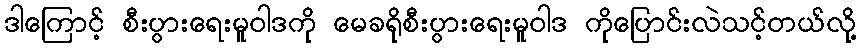
ဒါကြောင့် စီးပွားရေးမူဝါဒကို မေခရိုစီးပွားရေးမူဝါဒ ကိုပြောင်းလဲသင့်တယ်လို့